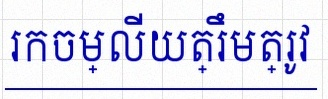
រកចម្លើយត្រឹមត្រូវ